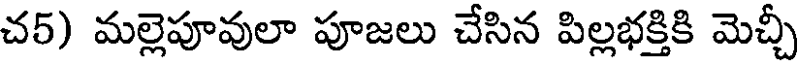
చ5) మల్లెపూవులా పూజలు చేసిన పిల్లభక్తికి మెచ్చీ